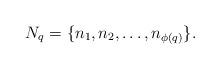
LaTeX: \begin{align*}N_q=\{n_1,n_2,\ldots,n_{\phi(q)}\}.\end{align*}